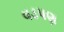
વડપણ